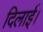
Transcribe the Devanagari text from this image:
दिलार्इ।